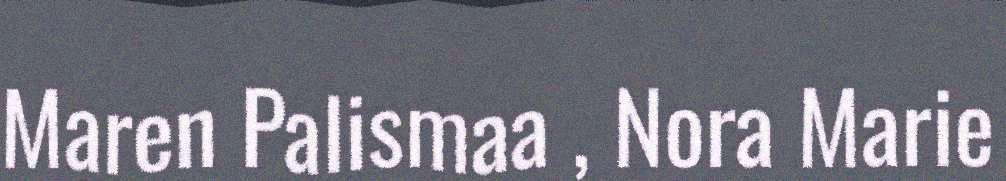
Maren Palismaa , Nora Marie